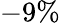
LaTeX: -9\%